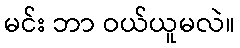
မင်း ဘာ ဝယ်ယူမလဲ။